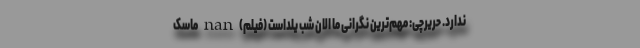
ندارد. حریرچی: مهم‌ترین نگرانی ما الان شب یلداست (فیلم) nan ماسک